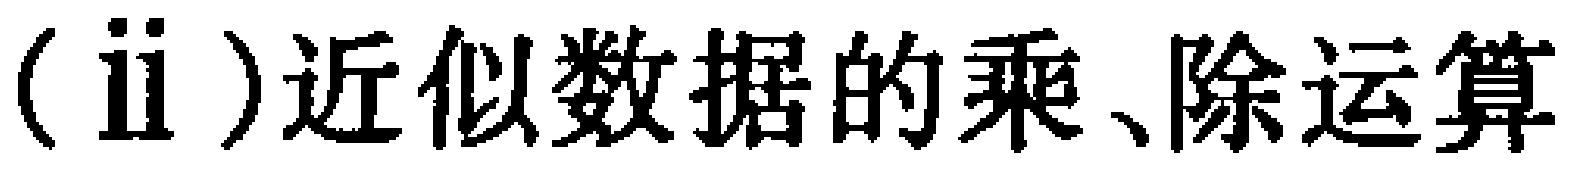
(ii)近似数据的乘、除运算